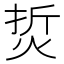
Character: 烲